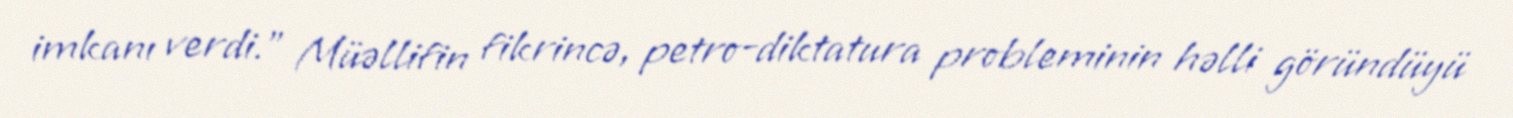
imkanı verdi.” Müəllifin fikrincə, petro-diktatura probleminin həlli göründüyü